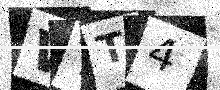
Text: WTT4